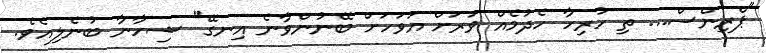
"ޕްރިންސް... ތި ހުރިހާ ހެދުމެއް ވަރަށް އަވަހަށް ބޭނުންވާނެ އިނގޭ" ޝިހާނާ ބުނެލިއެވެ.